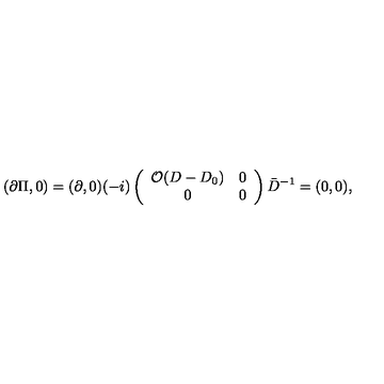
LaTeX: ( \partial \Pi , 0 ) = ( \partial , 0 ) ( - i ) \left( \begin{array} { c c } { { \cal O } ( D - D _ { 0 } ) } & { 0 } \\ { 0 } & { 0 } \\ \end{array} \right) \bar { D } ^ { - 1 } = ( 0 , 0 ) ,